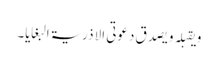
و یقبلہ و یصدق دعوتی الا ذریۃ البغایا۔